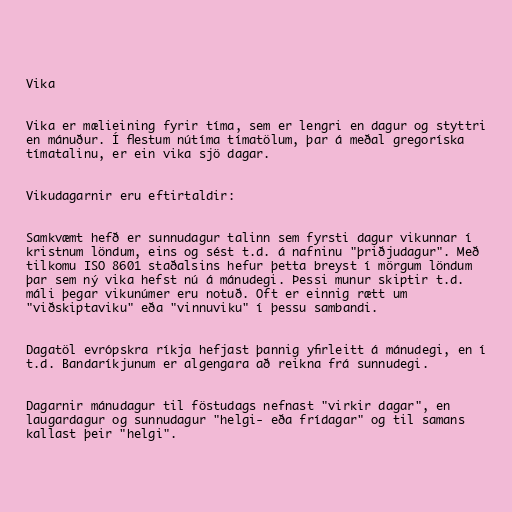
Vika

Vika er mælieining fyrir tíma, sem er lengri en dagur og styttri
en mánuður. Í flestum nútíma tímatölum, þar á meðal gregoríska
tímatalinu, er ein vika sjö dagar.

Vikudagarnir eru eftirtaldir:

Samkvæmt hefð er sunnudagur talinn sem fyrsti dagur vikunnar í
kristnum löndum, eins og sést t.d. á nafninu "þriðjudagur". Með
tilkomu ISO 8601 staðalsins hefur þetta breyst í mörgum löndum
þar sem ný vika hefst nú á mánudegi. Þessi munur skiptir t.d.
máli þegar vikunúmer eru notuð. Oft er einnig rætt um
"viðskiptaviku" eða "vinnuviku" í þessu sambandi.

Dagatöl evrópskra ríkja hefjast þannig yfirleitt á mánudegi, en í
t.d. Bandaríkjunum er algengara að reikna frá sunnudegi.

Dagarnir mánudagur til föstudags nefnast "virkir dagar", en
laugardagur og sunnudagur "helgi- eða frídagar" og til samans
kallast þeir "helgi".